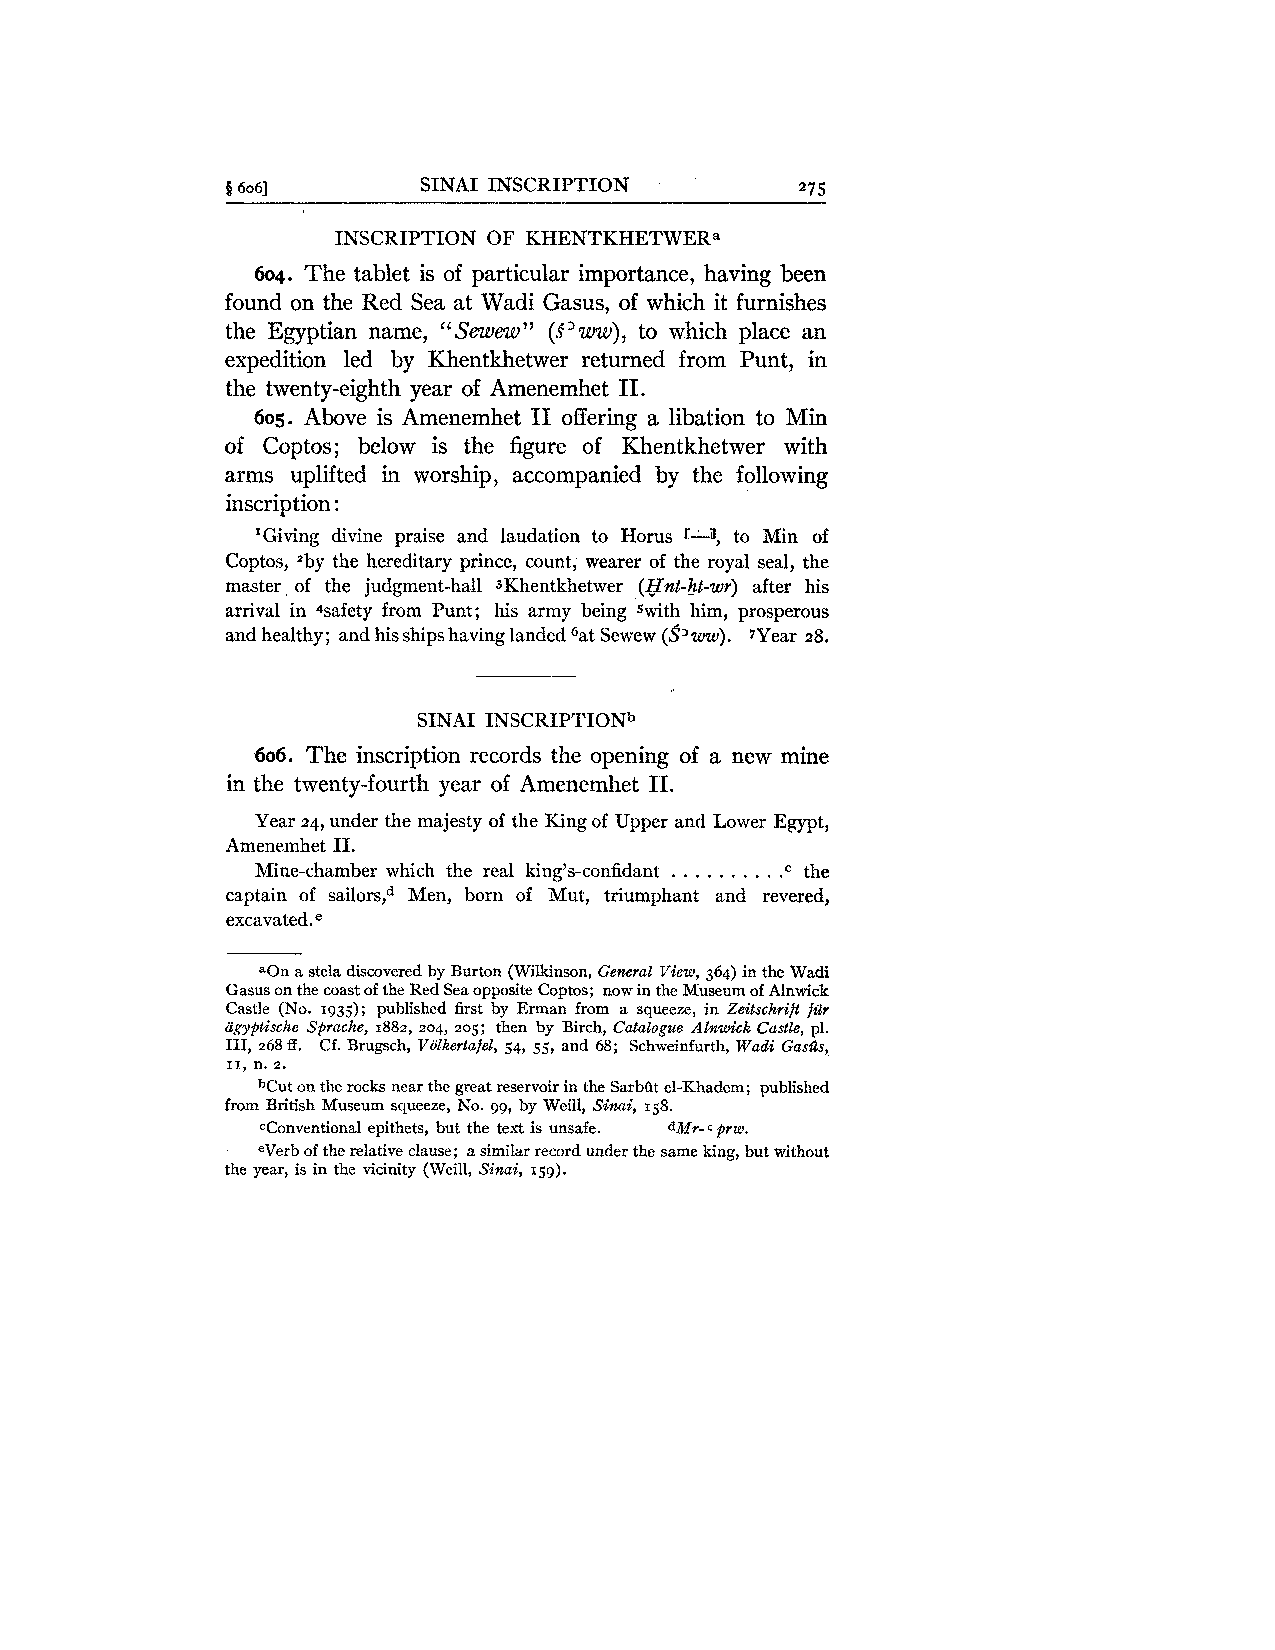
S 6061       SINAI INSCRIPTION        275
 INSCRIPTION OF KHENTKHETWERa
 604. The tablet is of particular importance, having been
 found on the Red Sea at Wadi Gasus, of which it furnishes
 the Egyptian name, "Sewew" ( S ' w ) , to which place an
 expedition led by Khentkhetwer returned from Punt, in
 the twenty-eighth year of Amenemhet 11.
 605. Above is Amenemhet I1 offering a libation to Min
 of Coptos; below is the figure of Khentkhetwer with
 arms uplifted in worship, accompanied by the following
 inscription :
 'Giving divine praise and laudation to Horus r-3, to Min of
 Coptos, 2by the hereditary prince, count, wearer of the royal seal, the
 master of the judgment-hall 3Khentkhetwer (Hnt-ht-wr) after his
 arrival in 4safety from Punt; his army being swith him, prosperous
 and healthy; and his ships having landed 6at Sewew (S3ww). 7Year 28.
 SINAI INSCRIPTIONb
 606. The inscription records the opening of a new mine
 in the twenty-fourth year of Amenemhet 11.
 Year 24, under the majesty of the King of Upper and Lower Egypt,
 Amenemhet 11.
 . . . . . . . . .
 Mine-chamber which the real king's-confidant the
 .C
 captain of sailor^,^ Men, born of Mut, triumphant and revered,
 excavated.
 aOn a stela discovered by Burton (Wilkinson, General View, 364) in the Wadi
 Gasus on the coast of the Red Sea opposite Coptos; now in the Museum of Alnwick
 Castle (No. 1935); published first by Erman from a squeeze, in Zeitschrift fiir
 agyptische Sprache, 1882, 204, 205; then by Birch, Catalogue Alnwick Castle, pl.
 111, 268 ff. Cf. Brugsch, Viilkertafel, 54, 55, and 68; Schweinfurth, Wadi Gasas,,
 11, n. 2.
 bCut on the rocks near the great reservoir in the SarbQt el-Khadem; published
 from British Museum squeeze, No. 99, by Weill, Sinai, 158.
 conventional epithets, but the text is unsafe. dMr-c pru.
 eVerb of the relative clause; a similar record under the same king, but without
 the year, is in the vicinity (Weill, Sinai, 159).